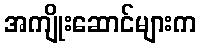
အကျိုးဆောင်များက